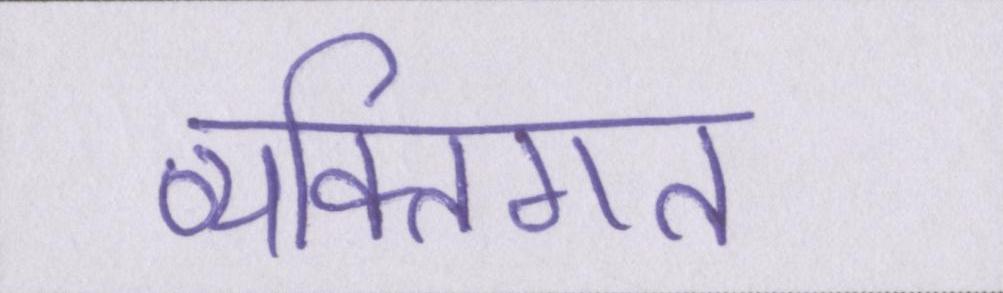
व्यक्तिगत